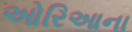
ઓરિઆના